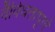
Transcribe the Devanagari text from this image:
वैविधतापूर्ण